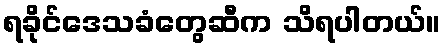
ရခိုင်ဒေသခံတွေဆီက သိရပါတယ်။